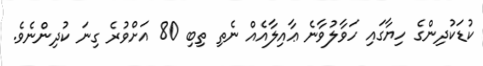
ކުޑަކުދިންގެ ހިޔާގައި ހަވާލުވާނެ ޢާއިލާއެއް ނެތި ތިބި 80 އަށްވުރެ ގިނަ ކުދިންނެވެ.